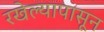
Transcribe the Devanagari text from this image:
रखेल्यापासून